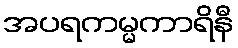
အပရကမ္မကာရိနီ